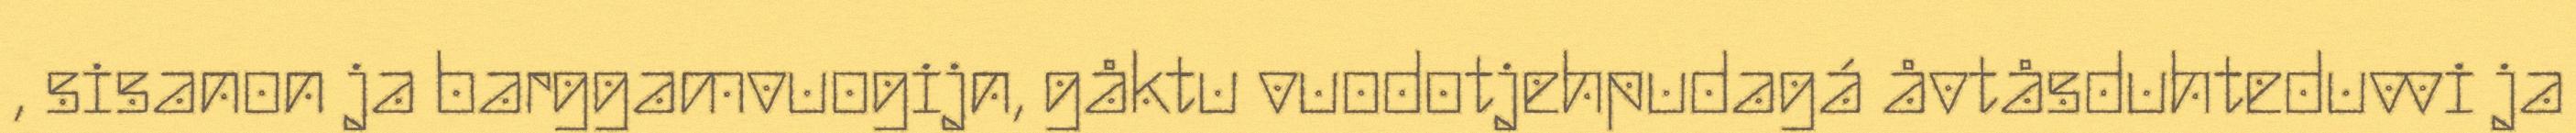
, sisanon ja barggamvuogijn, gåktu vuodotjehpudagá åvtåsduhteduvvi ja